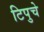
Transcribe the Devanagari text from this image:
टिपुचे